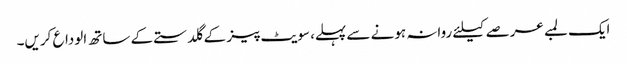
ایک لمبے عرصے کیلئے روانہ ہونے سے پہلے، سویٹ پیز کے گلدستے کے ساتھ الوداع کریں۔